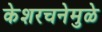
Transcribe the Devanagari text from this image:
केशरचनेमुळे